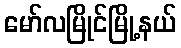
မော်လမြိုင်မြို့နယ်